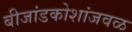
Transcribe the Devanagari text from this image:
बीजांडकोशांजवळ